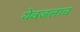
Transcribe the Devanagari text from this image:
येवजलाच